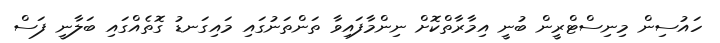
ހައުސިން މިނިސްޓްރީން ބުނީ އިމާރާތްކޮށް ނިންމާފައިވާ ތަންތަނުގައި މައިގަނޑު ގޮތެއްގައި ބަލާނީ ފަސް